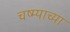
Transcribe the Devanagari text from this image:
चष्म्याच्या